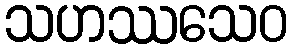
သဟဿသေဝ